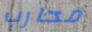
محارب